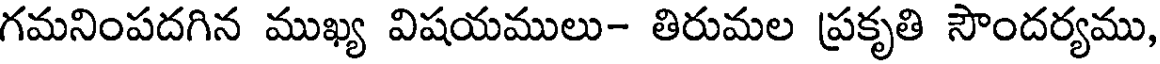
గమనింపదగిన ముఖ్య విషయములు- తిరుమల ప్రకృతి సౌందర్యము,